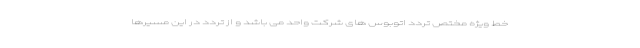
خط ویژه مختص تردد اتوبوس های شرکت واحد می باشد و از تردد در این مسیرها